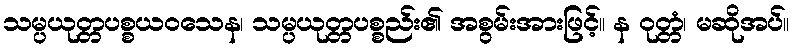
သမ္ပယုတ္တပစ္စယဝသေန၊ သမ္ပယုတ္တပစ္စည်း၏ အစွမ်းအားဖြင့်။ န ဝုတ္တံ၊ မဆိုအပ်။